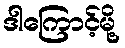
ဒါကြောင့်မို့